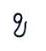
ខ